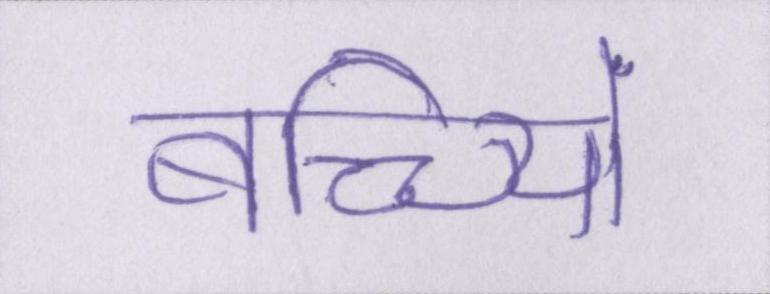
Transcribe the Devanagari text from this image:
बच्च्यिों